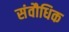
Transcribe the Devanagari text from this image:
संवौधिक